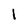
Character: 1